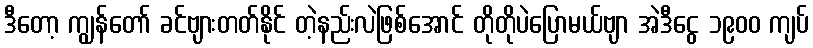
ဒီတော့ ကျွန်တော် ခင်ဗျားတတ်နိုင် တဲ့နည်းလဲဖြစ်အောင် တိုတိုပဲပြောမယ်ဗျာ အဲဒီငွေ ၁၉၀၀ ကျပ်